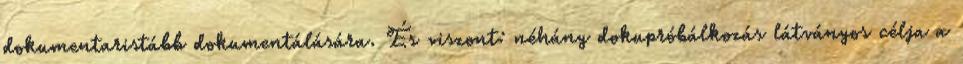
dokumentaristább dokumentálására. És viszont: néhány dokupróbálkozás látványos célja a